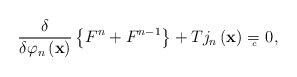
\begin{align*}\frac \delta {\delta \varphi _n\left( \mathbf{x}\right) }\left\{F^n+F^{n-1}\right\} +Tj_n\left( \mathbf{x}\right) ={}_{{}_{\!\!\!\!\!\!\!c}} \;\, 0, \end{align*}